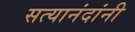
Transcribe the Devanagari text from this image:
सत्यानंदांनी